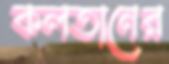
কলতানের